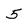
Character: 5